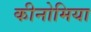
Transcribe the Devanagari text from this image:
कीनोमिया